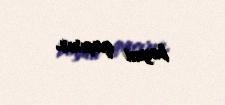
boyun qaçırır.